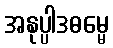
အနုပ္ပါဒဓမ္မေ